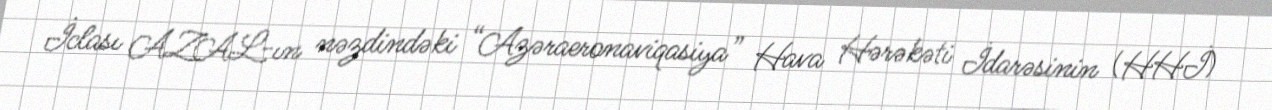
İclası AZAL-ın nəzdindəki “Azəraeronaviqasiya” Hava Hərəkəti İdarəsinin (HHİ)